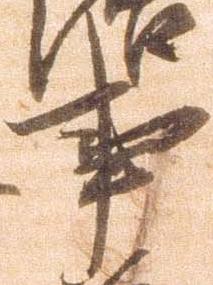
事